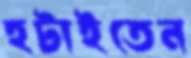
হটাইতেন